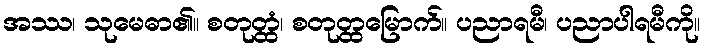
အဿ၊ သုမေဓာ၏။ စတုတ္ထံ၊ စတုတ္ထမြောက်။ ပညာရမီ၊ ပညာပါရမီကို။